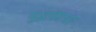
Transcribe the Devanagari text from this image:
युद्धयात्रा